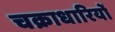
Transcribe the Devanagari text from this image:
चक्राधारियों